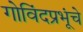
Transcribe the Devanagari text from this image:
गोविंदप्रभूंचे